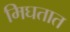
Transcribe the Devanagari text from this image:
मिघतात